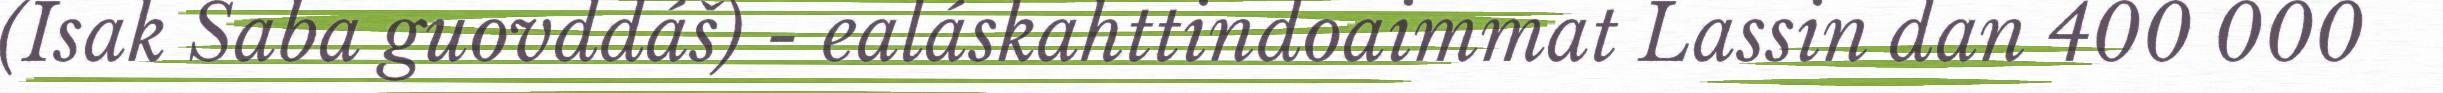
(Isak Saba guovddáš) - ealáskahttindoaimmat Lassin dan 400 000